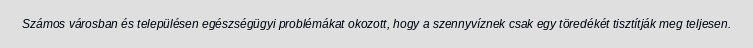
Számos városban és településen egészségügyi problémákat okozott, hogy a szennyvíznek csak egy töredékét tisztítják meg teljesen.